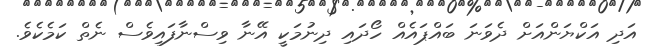
އަދި އަކްޔަންއަށް ދެވަނަ ބައްޕައެއް ހޯދައި ދިނުމަކީ އޭނާ ވިސްނާފައިވެސް ނެތް ކަމެކެވެ.